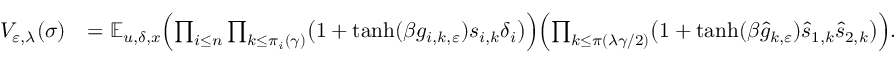
\begin{array} { r l } { { V } _ { \varepsilon , \lambda } ( \sigma ) } & { = \mathbb E _ { u , \delta , x } \Bigl ( \prod _ { i \leq n } \prod _ { k \leq \pi _ { i } ( \gamma ) } \bigl ( 1 + \operatorname { t a n h } ( \beta g _ { i , k , \varepsilon } ) s _ { i , k } \delta _ { i } \bigr ) \Bigr ) \Bigl ( \prod _ { k \leq \pi ( \lambda \gamma / 2 ) } \bigl ( 1 + \operatorname { t a n h } ( \beta \hat { g } _ { k , \varepsilon } ) \hat { s } _ { 1 , k } \hat { s } _ { 2 , k } \bigr ) \Bigr ) . } \end{array}